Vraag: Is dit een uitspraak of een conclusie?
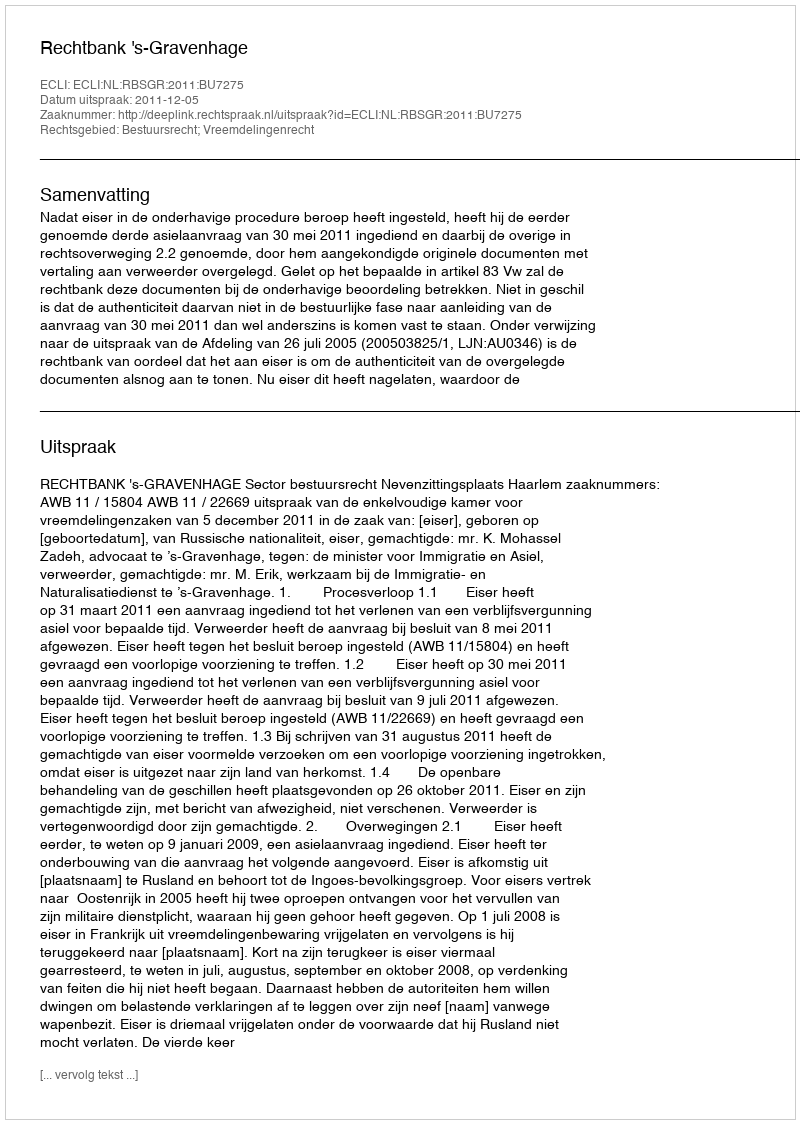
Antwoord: Uitspraak